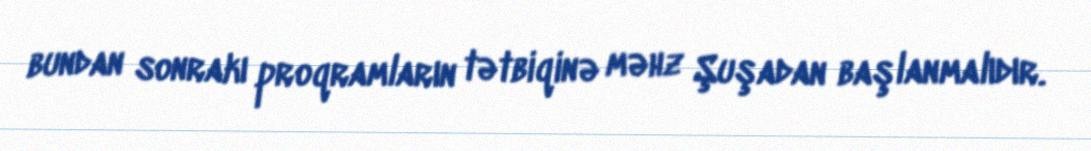
bundan sonrakı proqramların tətbiqinə məhz Şuşadan başlanmalıdır.